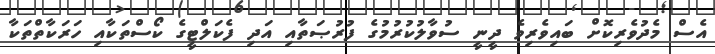
އެސް މެދުވެރިކޮށް ބައިވެރިވެ ދީނީ ސުވާލުކުރުމުގެ ފުރުޞަތާއި އަދި ފެކަލްޓީގެ ކޯސްތަކާއި ހަރަކާތްތަކާ